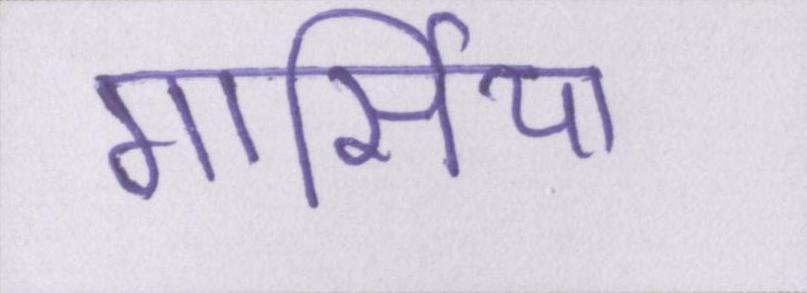
गार्सिया